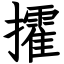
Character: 攉